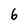
Character: 6